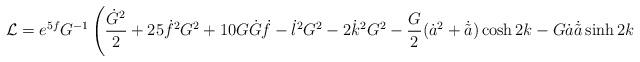
LaTeX: \begin{align*}\mathcal{L} = e^{5 f} G^{-1} \left( \frac{\dot{G}^2}{2} + 25 \dot{f}^2 G^2+10 G \dot{G}\dot{f}- \dot{l}^2 G^2-2 \dot{k}^2 G^2-\frac{ G}{2} (\dot{a}^2+\dot{\tilde{a}}) \cosh2k - G \dot{a} \dot{\tilde{a}} \sinh2k\right.\end{align*}